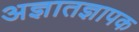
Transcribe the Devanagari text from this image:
अज्ञातज्ञापक